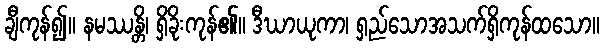
ချီကုန်၍။ နမဿန္တိ၊ ရှိခိုးကုန်၏။ ဒီဃာယုကာ၊ ရှည်သောအသက်ရှိကုန်ထသော။